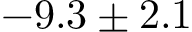
- 9 . 3 \pm 2 . 1